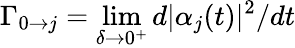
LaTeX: \Gamma_{0\to j}=\operatorname*{lim}_{\delta\to 0^{+}}d|\alpha_{j}(t)|^{2}/dt